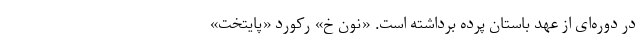
در دوره‌ای از عهد باستان پرده برداشته است. «نون خ» رکورد «پایتخت»